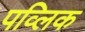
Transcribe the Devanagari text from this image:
पव्लिक